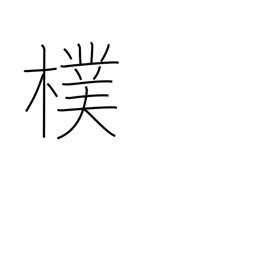
Meaning: bark of a tree